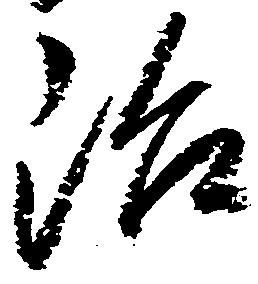
治